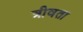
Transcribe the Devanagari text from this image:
त्रीवता